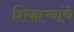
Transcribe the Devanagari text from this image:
शिकाऱ्यांचे